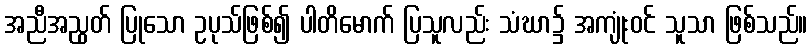
အညီအညွတ် ပြုသော ဥပုသ်ဖြစ်၍ ပါတိမောက် ပြသူလည်း သံဃာ၌ အကျုံးဝင် သူသာ ဖြစ်သည်။